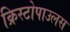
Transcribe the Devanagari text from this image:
क्रिस्टोपाउलस